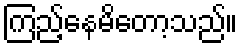
ကြည့်နေမိတော့သည်။